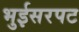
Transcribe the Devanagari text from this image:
भुईसरपट